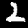
Label: 2